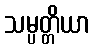
သမ္ပတ္တိယာ